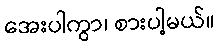
အေးပါကွာ၊ စားပါ့မယ်။